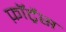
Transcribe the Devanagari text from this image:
फ़ॉर्ट्रेस